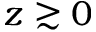
z \gtrsim 0